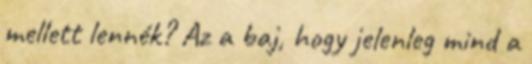
mellett lennék? Az a baj, hogy jelenleg mind a